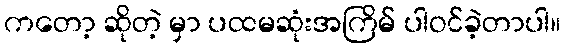
ကတော့ ဆိုတဲ့ မှာ ပထမဆုံးအကြိမ် ပါဝင်ခဲ့တာပါ။